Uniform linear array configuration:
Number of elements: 64
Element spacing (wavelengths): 0.5
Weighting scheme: uniform
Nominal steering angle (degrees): -45
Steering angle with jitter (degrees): -43.506
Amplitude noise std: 0.05
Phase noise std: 0.05

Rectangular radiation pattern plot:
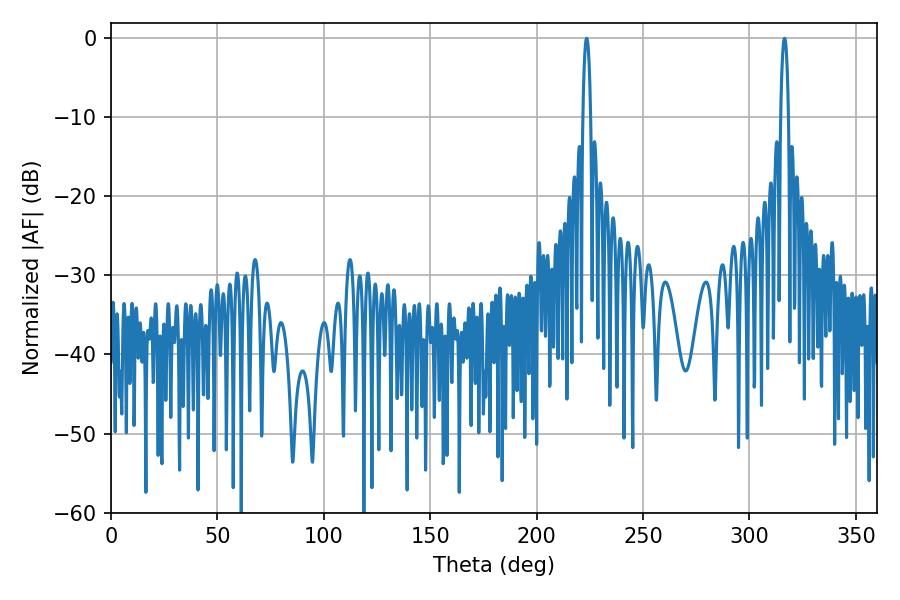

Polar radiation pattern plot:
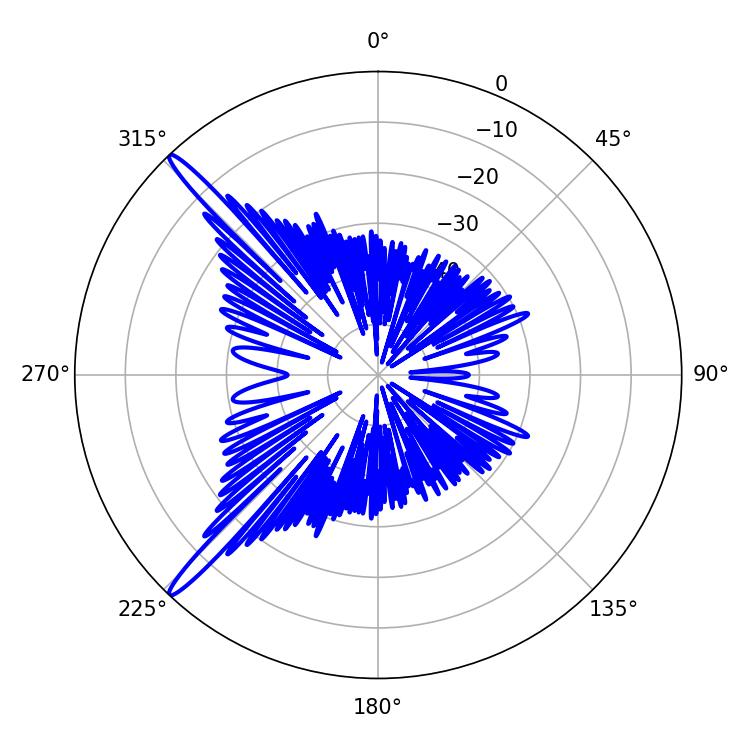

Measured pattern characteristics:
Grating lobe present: FALSE
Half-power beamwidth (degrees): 1.98
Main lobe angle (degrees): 223.56